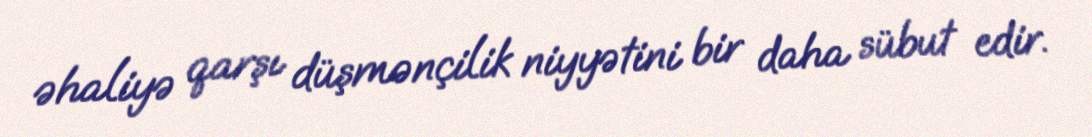
əhaliyə qarşı düşmənçilik niyyətini bir daha sübut edir.